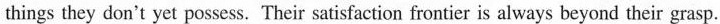
things they don't yet possess. Their satisfaction frontier is always beyond their grasp.